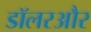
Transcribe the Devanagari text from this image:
डॉलरऔर